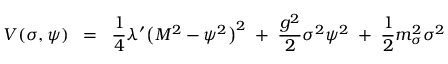
V ( \sigma , \psi ) \; \; = \; \; \frac { 1 } { 4 } \lambda ^ { \prime } \bigl ( M ^ { 2 } - \psi ^ { 2 } \bigr ) ^ { 2 } \; + \; \frac { g ^ { 2 } } { 2 } \sigma ^ { 2 } \psi ^ { 2 } \; + \; \frac { 1 } { 2 } m _ { \sigma } ^ { 2 } \sigma ^ { 2 }